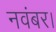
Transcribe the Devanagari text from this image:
नवंबर।